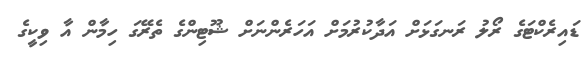
ޑައިރެކްޓަގެ ރޯލު ރަނގަޅަށް އަދާކުރުމަށް އަހަރެންނަށް ޝޫޓިންގެ ތެރޭގަ ހިމާން އާ ވިކީގެ